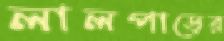
লালপাড়ের